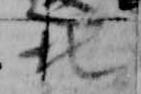
北